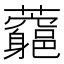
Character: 𧅉